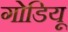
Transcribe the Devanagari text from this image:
गोडियू